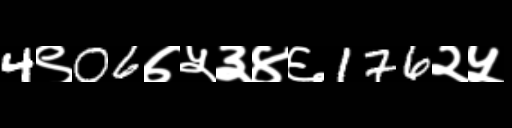
Text: 4९06७५३४६176२५